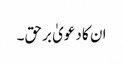
ان کا دعویٰ برحق۔